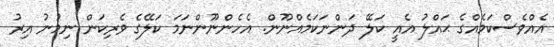
އެއްވެސްކަމެއްގެ ޙައްލު އެއީ ކަލޭ ދަންނަކަމެއްނޫން. އެހެންނޫންނަމަ ކަލޭގެ ވެރިކަން ނިމުނު އިރު